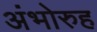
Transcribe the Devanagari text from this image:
अंभोरुह